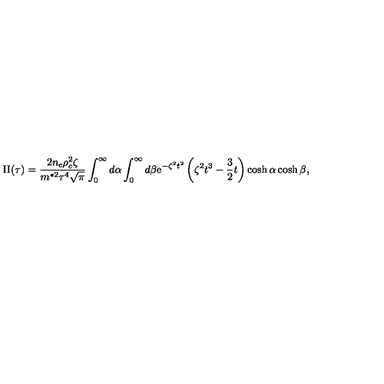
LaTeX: \Pi ( \tau ) = \frac { 2 n _ { c } \rho _ { c } ^ { 2 } \zeta } { m ^ { * 2 } \tau ^ { 4 } \sqrt { \pi } } \int _ { 0 } ^ { \infty } d \alpha \int _ { 0 } ^ { \infty } d \beta \mathrm { e } ^ { - \zeta ^ { 2 } { t ^ { 2 } } } \left( \zeta ^ { 2 } t ^ { 3 } - \frac { 3 } { 2 } t \right) \cosh \alpha \cosh \beta ,